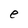
Character: e